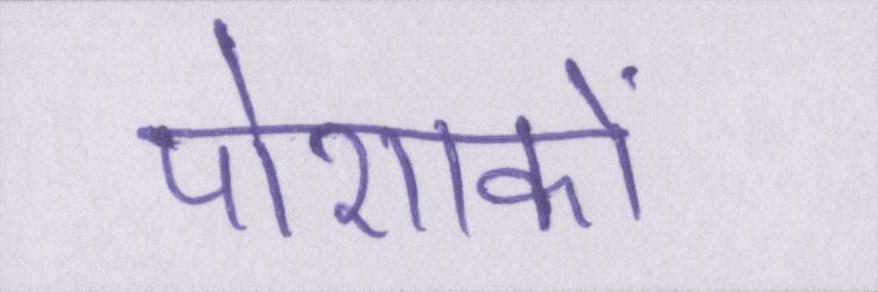
पोशाकों